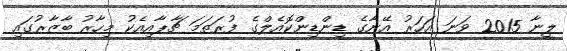
ލީނާ 2015 ވަނަ އަހަރު އޭނާގެ ޑިންޑިންކޮއެލްގެ ފުރަތަމަ ޗާޕާއިއެކު މިހާރު ބާޒާރުގައި